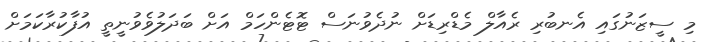
މި ސީޒަނުގައި އެނބުރި ރެއާލް މެޑްރިޑަށް ނުދެވުނަސް ޓޮޓެންހަމް އަށް ބަދަލުވެވުނީތީ އުފާކުރާކަމަށް